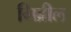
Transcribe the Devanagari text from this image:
गिब्रील